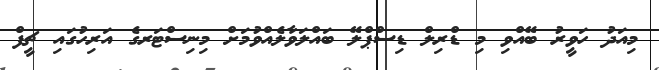
މިއަދު ހަވީރު ބޭއްވި މި ޑްރިލް ޑިސްޕްލޭ ބައްލަވާލެއްވުމަށް މިނިސްޓަރގެ އަރިހުގައި ޗީފް